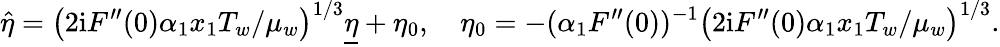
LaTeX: \widehat{\eta}=\left(2\mathrm{i}F^{\prime\prime}(0)\alpha_{1}x_{1}T_{w}/\mu_{w}\right)^{1/3}\underline{{\eta}}+\eta_{0},\quad\eta_{0}=-(\alpha_{1}F^{\prime\prime}(0))^{-1}\left(2\mathrm{i}F^{\prime\prime}(0)\alpha_{1}x_{1}T_{w}/\mu_{w}\right)^{1/3}.